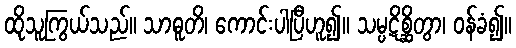
ထိုသူကြွယ်သည်။ သာဓူတိ၊ ကောင်းပါပြီဟူ၍။ သမ္ပဋိစ္ဆိတွာ၊ ဝန်ခံ၍။